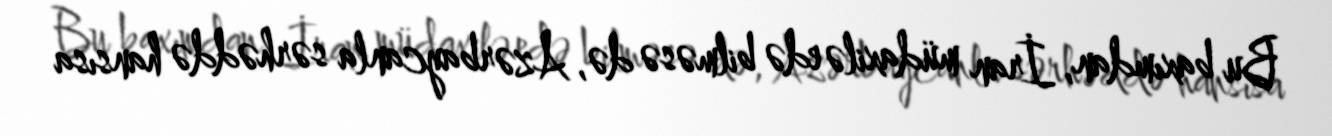
Bu baxımdan, İran müdaxilə edə bilməsə də, Azərbaycanla sərhəddə hansısa